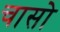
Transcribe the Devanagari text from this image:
चासो